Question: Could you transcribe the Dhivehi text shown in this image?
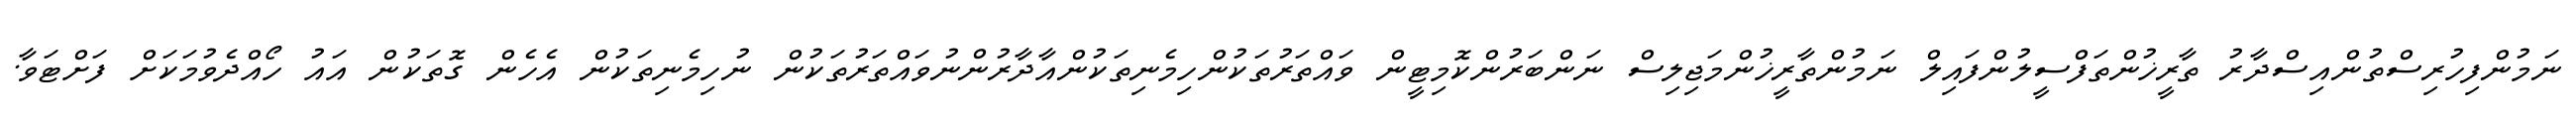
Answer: ނަމުންފިހުރިސްތުންއިސްދާރު ތާރީޚުންތަފްސީލުންފައިލް ނަމުންތާރީޚުންމަޖިލިސް ނަންބަރުންކޮމިޓީން ވައްތަރުތަކުންހިމެނިތަކުންއާދާރުންނުވައްތަރުތަކުން ނުހިމެނިތަކުން އެހެން ގޮތަކުން އައު ހޯއްދެވުމަކަށް ފަށްޓަވާ.